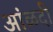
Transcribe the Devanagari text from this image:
आंळदी